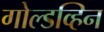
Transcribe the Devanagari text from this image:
गोल्डव्हिन